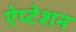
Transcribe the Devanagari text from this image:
ऐप्टेशन